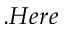
. H e r e